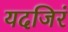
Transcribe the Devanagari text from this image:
यदजिरं